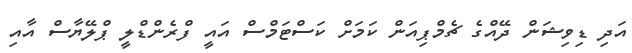
އަދި ޑިވިޝަން ދޭއްގެ ޗެމްޕިއަން ކަމަށް ކަސްޓަމްސް އައީ ފްރެންޑްލީ ޕްލޭޔާސް އާއި